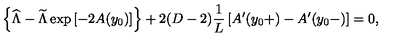
\left\{ { \widehat \Lambda } - { \widetilde \Lambda } \exp \left[ - 2 A ( y _ { 0 } ) \right] \right\} + 2 ( D - 2 ) { \frac { 1 } { L } } \left[ A ^ { \prime } ( y _ { 0 } + ) - A ^ { \prime } ( y _ { 0 } - ) \right] = 0 ,